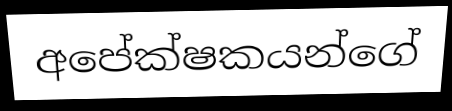
අපේක්ෂකයන්ගේ